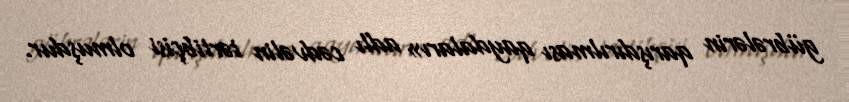
gübrələrin qarışdırılması qaydaları» adlı cədvəlin tərtibçisi olmuşdur.